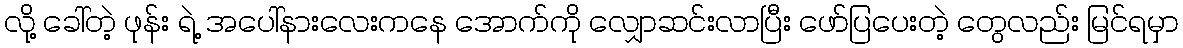
လို့ ခေါ်တဲ့ ဖုန်း ရဲ့ အပေါ်နားလေးကနေ အောက်ကို လျှောဆင်းလာပြီး ဖော်ပြပေးတဲ့ တွေလည်း မြင်ရမှာ